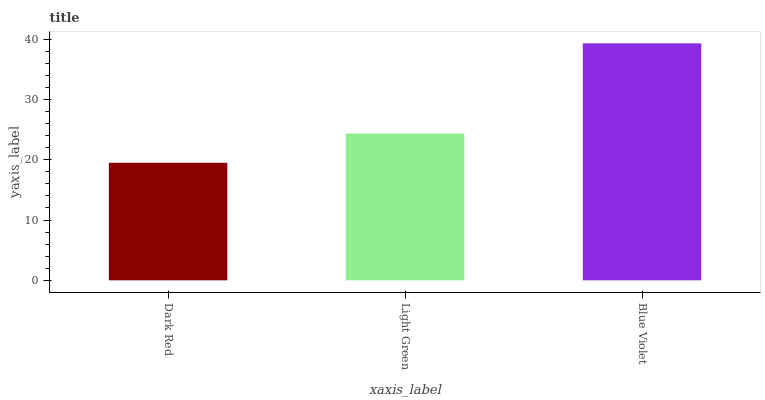
| xaxis_label | bars |
 | --- | --- |
 | Dark Red | 19.5 |
 | Light Green | 24.4 |
 | Blue Violet | 39.3 |